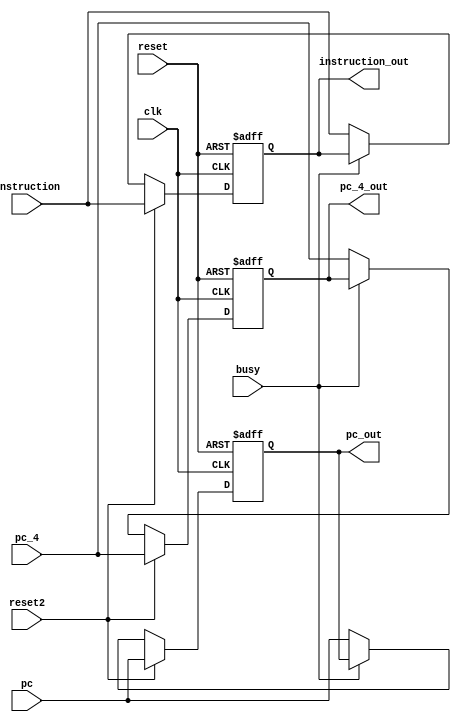
`timescale 1ps/100fs 
module if_cache(clk, busy, reset, reset2, pc, pc_4, instruction, pc_out, pc_4_out, instruction_out);
input clk, reset, reset2, busy;
input[31:0] pc, pc_4, instruction;
output reg[31:0] pc_out, pc_4_out, instruction_out;

//wire[31:0] storage_pc, storage_pc4, storage_instruction;


always@(posedge clk or posedge reset) begin
		if(reset) begin
			pc_out <= 0;
			pc_4_out <= 0;
			instruction_out <= 32'bz;
		end
		else if(reset2) begin
			pc_out <= pc;
			pc_4_out <= pc_4;
			instruction_out <= instruction;
		end
		else if(!busy) begin
		pc_out <= pc;
		pc_4_out <=  pc_4;
		instruction_out <=  instruction;
		end

end

endmodule